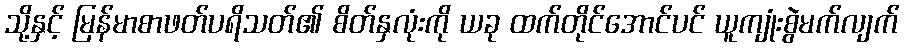
သို့နှင့် မြန်မာစာဖတ်ပရိသတ်၏ စိတ်နှလုံးကို ယခု ထက်တိုင်အောင်ပင် ယူကျုံးစွဲမက်လျက်